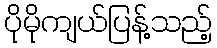
ပိုမိုကျယ်ပြန့်သည့်